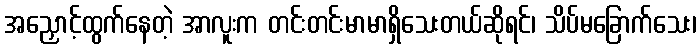
အညှောင့်ထွက်နေတဲ့ အာလူးက တင်းတင်းမာမာရှိသေးတယ်ဆိုရင်၊ သိပ်မခြောက်သေး၊